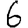
Digit: 6